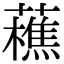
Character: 藮